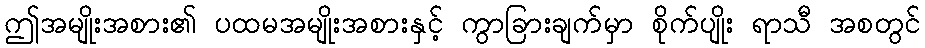
ဤအမျိုးအစား၏ ပထမအမျိုးအစားနှင့် ကွာခြားချက်မှာ စိုက်ပျိုး ရာသီ အစတွင်